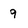
Character: 9